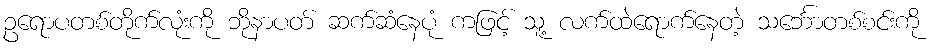
ဥရောပတစ်တိုက်လုံးကို ဘိုနာပတ် ဆက်ဆံနေပုံ ကဖြင့် သူ့ လက်ထဲရောက်နေတဲ့ သင်္ဘောတစ်စင်းကို